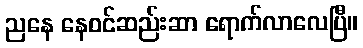
ညနေ နေဝင်ဆည်းဆာ ရောက်လာလေပြီ။